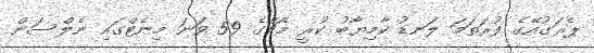
ޕެރަގުއޭގެ ފުރަތަމަ ލަނޑު ކާމިޔާބު ކުރީ މެޗްގެ 59 ވަނަ މިނެޓްގައި ނެލްސަން